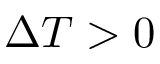
\Delta T > 0